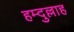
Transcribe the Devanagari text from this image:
हम्दुल्लाह